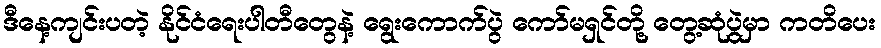
ဒီနေ့ကျင်းပတဲ့ နိုင်ငံရေးပါတီတွေနဲ့ ရွေးကောက်ပွဲ ကော်မရှင်တို့ တွေ့ဆုံပွဲမှာ ကတိပေး